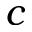
c